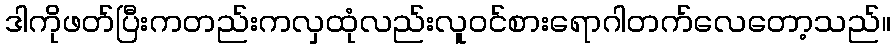
ဒါကိုဖတ်ပြီးကတည်းကလှထုံလည်းလူဝင်စားရောဂါတက်လေတော့သည်။